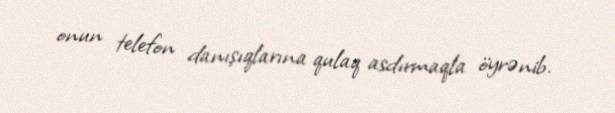
onun telefon danışıqlarına qulaq asdırmaqla öyrənib.